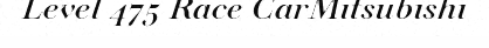
Level 475 Race CarMitsubishi